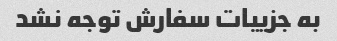
به جزییات سفارش توجه نشد